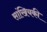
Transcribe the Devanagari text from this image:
सांखियकी